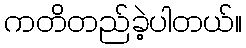
ကတိတည်ခဲ့ပါတယ်။